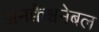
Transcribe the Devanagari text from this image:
अनक्वैश्चनेबल